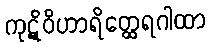
ကုဋိဝိဟာရိတ္ထေရဂါထာ